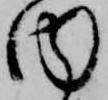
内